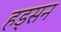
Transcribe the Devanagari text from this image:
हड्सन